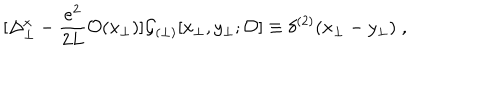
LaTeX: [ \Delta _ { \perp } ^ { x } - \frac { e ^ { 2 } } { 2 L } { \cal O } ( x _ { \perp } ) ] { \cal G } _ { ( \perp ) } [ x _ { \perp } , y _ { \perp } ; { \cal O } ] \equiv \delta ^ { ( 2 ) } ( x _ { \perp } - y _ { \perp } ) \; ,